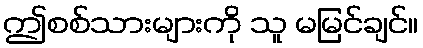
ဤစစ်သားများကို သူ မမြင်ချင်။